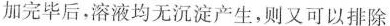
加完毕后，溶液均无沉淀产生，则又可以排除